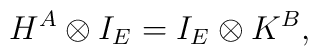
H^A\otimes I_E=I_E\otimes K^B,